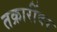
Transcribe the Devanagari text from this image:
तक्रारींवर